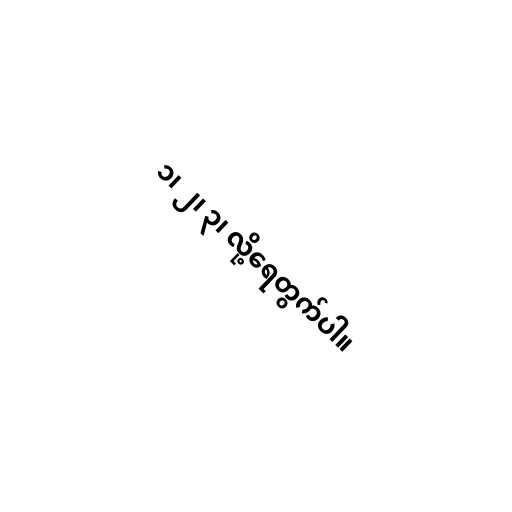
၁၊ ၂၊ ၃၊ လို့ရေတွက်ပါ။